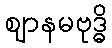
ဈာနမဗုဒ္ဓိ